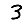
Digit: 3